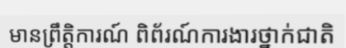
មានព្រឹត្តិការណ៍ ពិព័រណ៍ការងារថ្នាក់ជាតិ